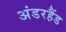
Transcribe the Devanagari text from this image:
अंडरहैंड